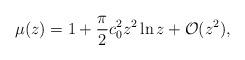
LaTeX: \begin{align*} \mu(z) = 1 + \frac {\pi}2 c_0^2 z^2 \ln z + \mathcal{O}(z^2), \end{align*}